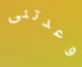
وعدتنى